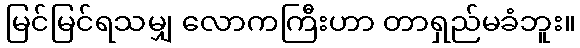
မြင်မြင်ရသမျှ လောကကြီးဟာ တာရှည်မခံဘူး။